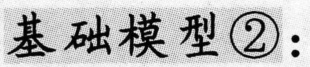
基础模型\textcircled{2}：